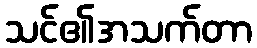
သင်၏အသက်တာ